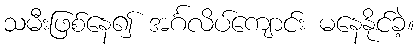
သမီးဖြစ်နေ၍ အင်္ဂလိပ်ကျောင်း မနေနိုင်ခဲ့။